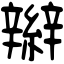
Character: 辮